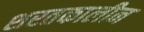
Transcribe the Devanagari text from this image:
शरतकालीन